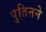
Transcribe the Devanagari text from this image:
पुतिनने